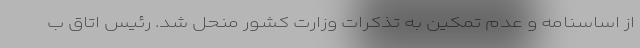
از اساسنامه و عدم تمکین به تذکرات وزارت کشور منحل شد. رئیس اتاق ب